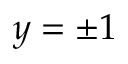
y = \pm 1